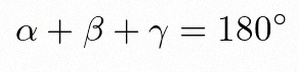
\alpha+\beta+\gamma=180^\circ